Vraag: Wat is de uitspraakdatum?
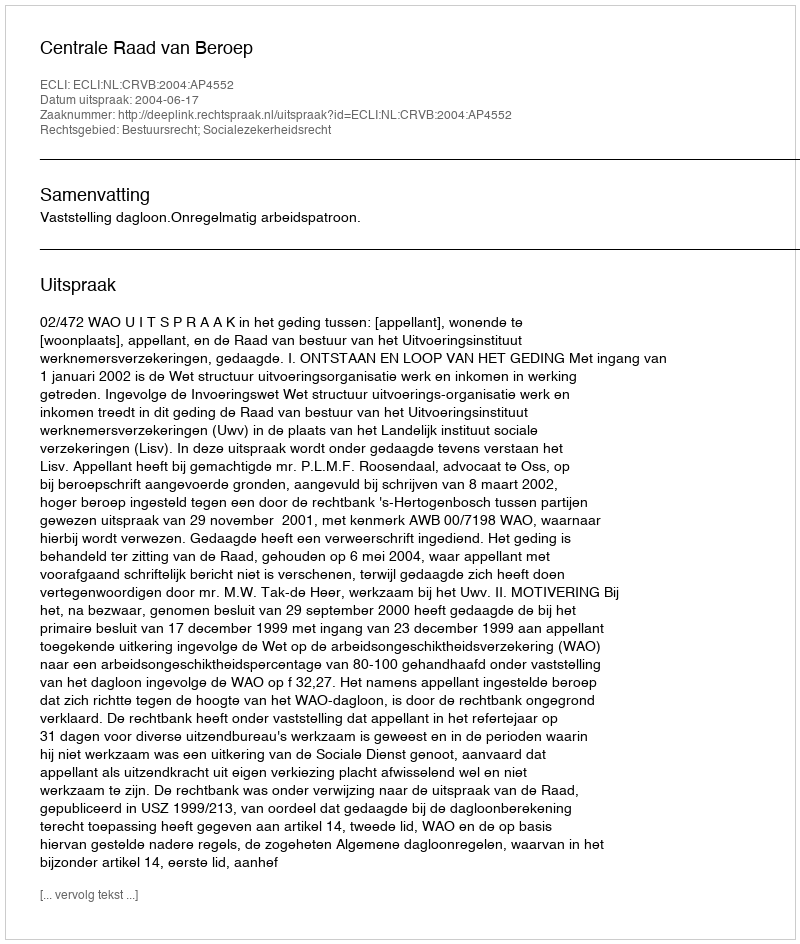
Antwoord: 2004-06-17